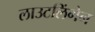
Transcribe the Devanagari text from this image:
लाउटलिंगेन